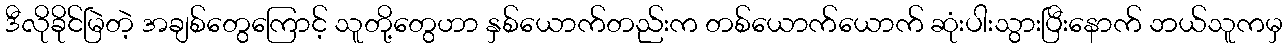
ဒီလိုခိုင်မြဲတဲ့ အချစ်တွေကြောင့် သူတို့တွေဟာ နှစ်ယောက်တည်းက တစ်ယောက်ယောက် ဆုံးပါးသွားပြီးနောက် ဘယ်သူကမှ